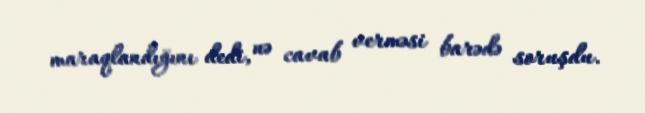
maraqlandığını dedi, nə cavab verməsi barədə soruşdu.